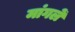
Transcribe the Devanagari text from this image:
मांगलें